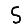
Digit: 5